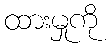
ထားမှုကို